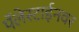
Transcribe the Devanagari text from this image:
पॅलेस्टाईनवर